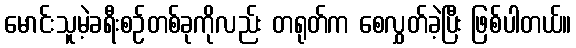
မောင်းသူမဲ့ခရီးစဉ်တစ်ခုကိုလည်း တရုတ်က စေလွှတ်ခဲ့ပြီး ဖြစ်ပါတယ်။